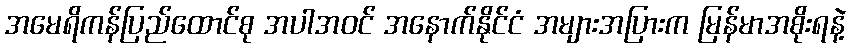
အမေရိကန်ပြည်ထောင်စု အပါအဝင် အနောက်နိုင်ငံ အများအပြားက မြန်မာအစိုးရနဲ့